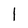
Character: I